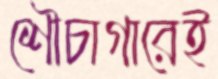
শৌচাগারেই